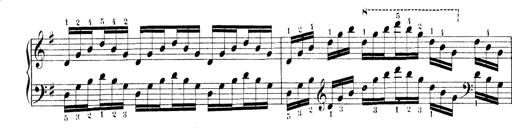
Title: Technische Studien
Composer: Franz Liszt